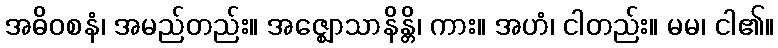
အဓိဝစနံ၊ အမည်တည်း။ အဇ္ဈောသာနိန္တိ၊ ကား။ အဟံ၊ ငါတည်း။ မမ၊ ငါ၏။